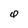
Character: Q